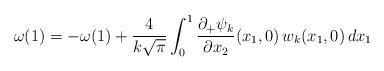
LaTeX: \begin{align*}\omega(1)=-\omega(1) + \frac{4}{k\sqrt\pi} \int_0^1 \dfrac{\partial_+ \psi_k}{\partial x_2}(x_1,0)\,w_k (x_1,0)\,dx_1\end{align*}